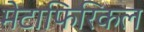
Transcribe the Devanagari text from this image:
मेटाफिरिकल